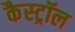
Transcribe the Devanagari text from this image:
कैस्ट्रॉल